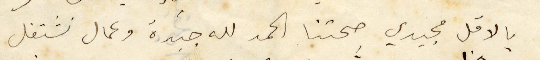
بالاقل مجيدي صحتنا الحمدالله جيدة وعمال نشتغل